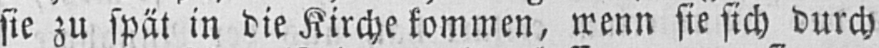
sie zu spät in die Kirche kommen, wenn sie sich durch